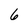
Character: 6